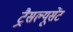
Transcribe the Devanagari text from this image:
ट्रैसल्यूसेंट